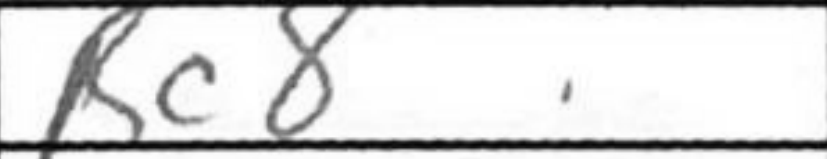
Transcription: Rc8